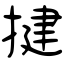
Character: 揵